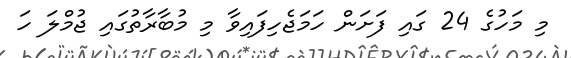
މި މަހުގެ 24 ގައި ފަށަން ހަމަޖެހިފައިވާ މި މުބާރާތުގައި ޖުމްލަ ހަ